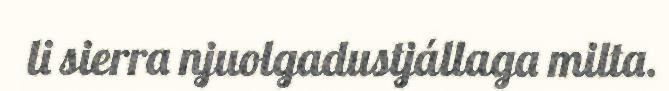
li sierra njuolgadustjállaga milta.